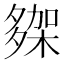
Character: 𭐾